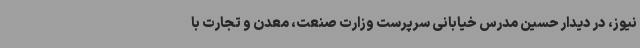
نیوز، در دیدار حسین مدرس خیابانی سرپرست وزارت صنعت، معدن و تجارت با